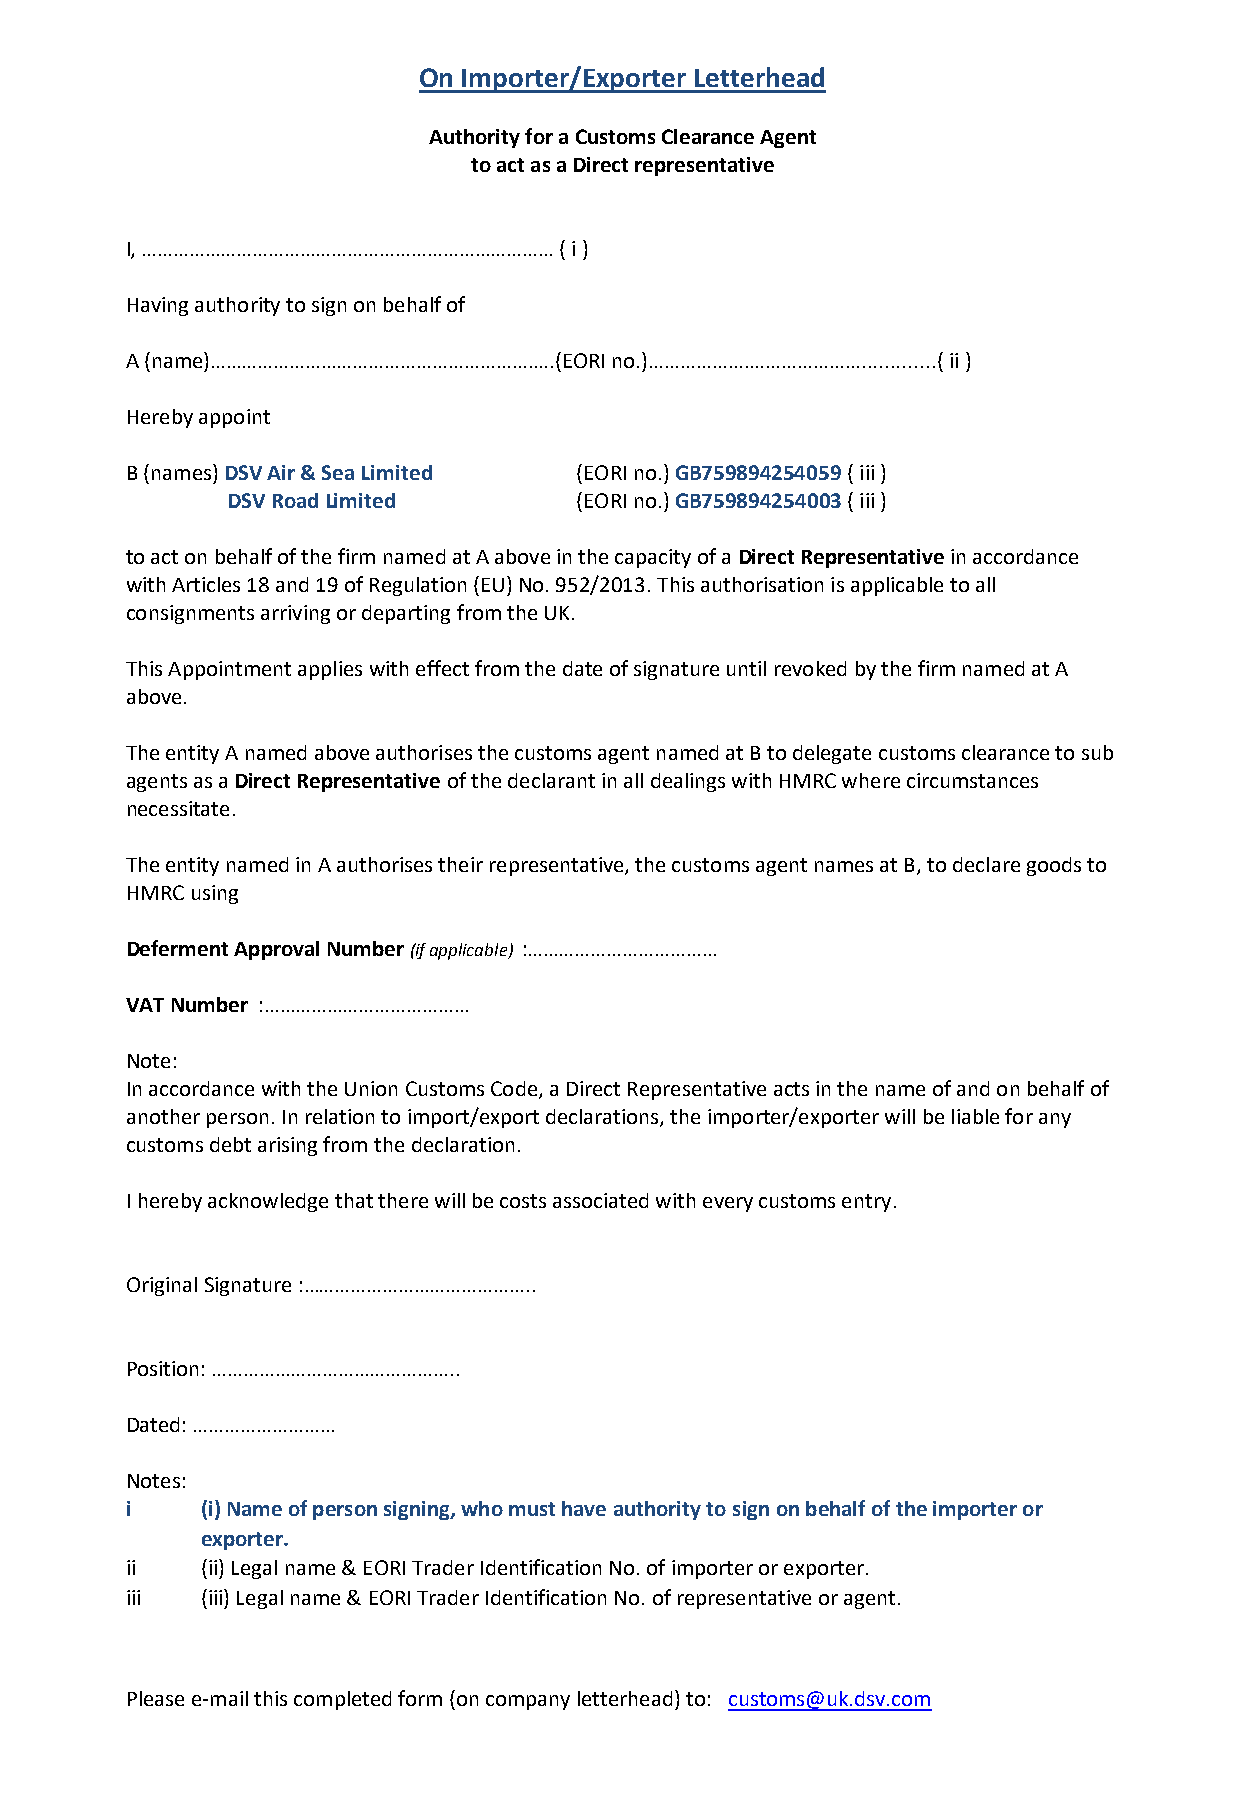
On Importer/Exporter Letterhead
 Authority for a Customs Clearance Agent
 to act as a Direct representative
 I, …………………………………………………………………… ( i )
 Having authority to sign on behalf of
 A (name)…………………………………………………….….(EORI no.)……………….………………................( ii )
 Hereby appoint
 B (names) DSV Air & Sea Limited (EORI no.) GB759894254059 ( iii )
 DSV Road Limited       (EORI no.) GB759894254003 ( iii )
 to act on behalf of the firm named at A above in the capacity of a Direct Representative in accordance
 with Articles 18 and 19 of Regulation (EU) No. 952/2013. This authorisation is applicable to all
 consignments arriving or departing from the UK.
 This Appointment applies with effect from the date of signature until revoked by the firm named at A
 above.
 The entity A named above authorises the customs agent named at B to delegate customs clearance to sub
 agents as a Direct Representative of the declarant in all dealings with HMRC where circumstances
 necessitate.
 The entity named in A authorises their representative, the customs agent names at B, to declare goods to
 HMRC using
 Deferment Approval Number (if applicable) :………………………………
 VAT Number :…………………………………
 Note:
 In accordance with the Union Customs Code, a Direct Representative acts in the name of and on behalf of
 another person. In relation to import/export declarations, the importer/exporter will be liable for any
 customs debt arising from the declaration.
 I hereby acknowledge that there will be costs associated with every customs entry.
 Original Signature :……………………………………..
 Position: ………………………………………..
 Dated: ………………………
 Notes:
 i    (i) Name of person signing, who must have authority to sign on behalf of the importer or
 exporter.
 ii   (ii) Legal name & EORI Trader Identification No. of importer or exporter.
 iii  (iii) Legal name & EORI Trader Identification No. of representative or agent.
 Please e-mail this completed form (on company letterhead) to: customs@uk.dsv.com